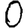
Digit: 0